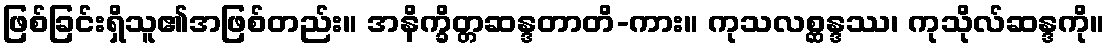
ဖြစ်ခြင်းရှိသူ၏အဖြစ်တည်း။ အနိက္ခိတ္တဆန္ဒတာတိ-ကား။ ကုသလစ္ဆန္ဒဿ၊ ကုသိုလ်ဆန္ဒကို။